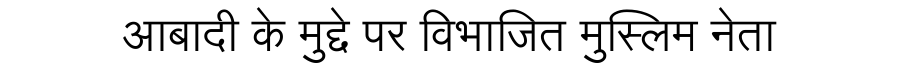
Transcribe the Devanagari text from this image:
आबादी के मुद्दे पर विभाजित मुस्लिम नेता